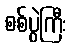
စစ်ပွဲကြီး